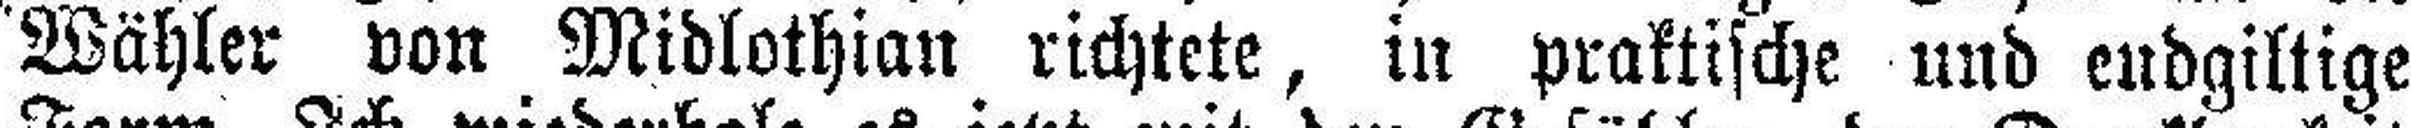
Wähler von Midlothian richtete, in praktische und endgiltige